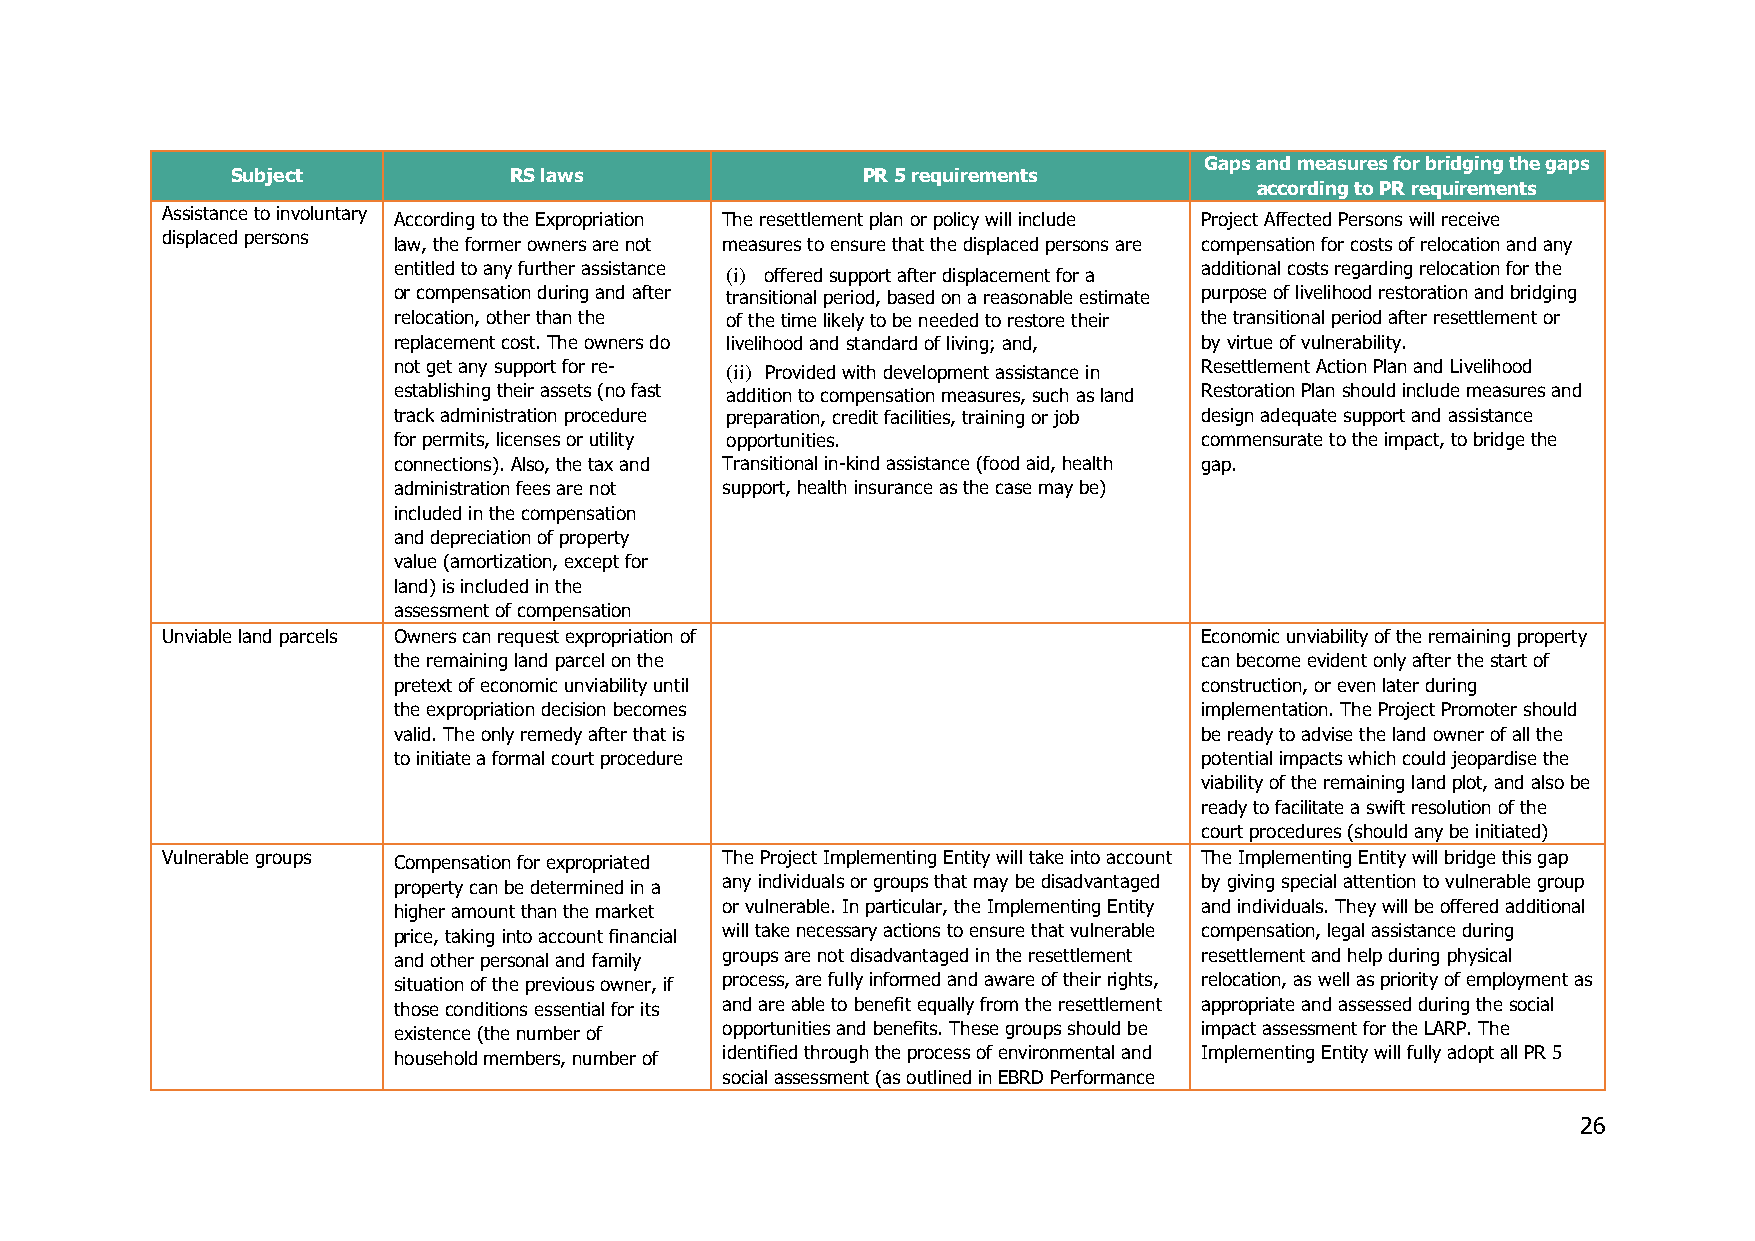
Gaps and measures for bridging the gaps
 Subject            RS laws                PR 5 requirements
 according to PR requirements
 Assistance to involuntary According to the Expropriation The resettlement plan or policy will include Project Affected Persons will receive
 displaced persons law, the former owners are not measures to ensure that the displaced persons are compensation for costs of relocation and any
 entitled to any further assistance (i) offered support after displacement for a additional costs regarding relocation for the
 or compensation during and after transitional period, based on a reasonable estimate purpose of livelihood restoration and bridging
 relocation, other than the of the time likely to be needed to restore their the transitional period after resettlement or
 replacement cost. The owners do livelihood and standard of living; and, by virtue of vulnerability.
 not get any support for re- (ii) Provided with development assistance in Resettlement Action Plan and Livelihood
 establishing their assets (no fast addition to compensation measures, such as land Restoration Plan should include measures and
 track administration procedure preparation, credit facilities, training or job design adequate support and assistance
 for permits, licenses or utility opportunities.      commensurate to the impact, to bridge the
 connections). Also, the tax and Transitional in-kind assistance (food aid, health gap.
 administration fees are not support, health insurance as the case may be)
 included in the compensation
 and depreciation of property
 value (amortization, except for
 land) is included in the
 assessment of compensation
 Unviable land parcels Owners can request expropriation of           Economic unviability of the remaining property
 the remaining land parcel on the                     can become evident only after the start of
 pretext of economic unviability until                construction, or even later during
 the expropriation decision becomes                   implementation. The Project Promoter should
 valid. The only remedy after that is                 be ready to advise the land owner of all the
 to initiate a formal court procedure                 potential impacts which could jeopardise the
 viability of the remaining land plot, and also be
 ready to facilitate a swift resolution of the
 court procedures (should any be initiated)
 Vulnerable groups Compensation for expropriated The Project Implementing Entity will take into account The Implementing Entity will bridge this gap
 property can be determined in a any individuals or groups that may be disadvantaged by giving special attention to vulnerable group
 higher amount than the market or vulnerable. In particular, the Implementing Entity and individuals. They will be offered additional
 price, taking into account financial will take necessary actions to ensure that vulnerable compensation, legal assistance during
 and other personal and family groups are not disadvantaged in the resettlement resettlement and help during physical
 situation of the previous owner, if process, are fully informed and aware of their rights, relocation, as well as priority of employment as
 those conditions essential for its and are able to benefit equally from the resettlement appropriate and assessed during the social
 existence (the number of opportunities and benefits. These groups should be impact assessment for the LARP. The
 household members, number of identified through the process of environmental and Implementing Entity will fully adopt all PR 5
 social assessment (as outlined in EBRD Performance
 26